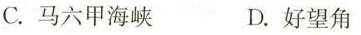
C.马六甲海峡 D.好望角